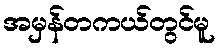
အမှန်တကယ်တွင်မူ